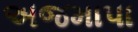
અજમાપા